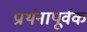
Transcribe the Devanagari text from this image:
प्रार्थनापूर्वक